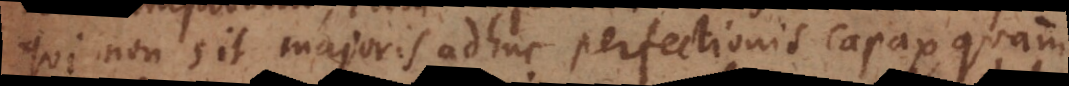
qui non sit majoris adhuc perfectionis capax, quam